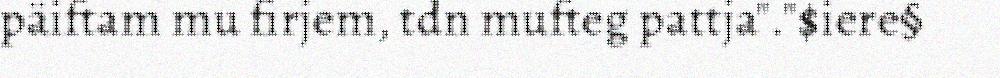
päiftam mu firjem, tdn mufteg pattja"."$iere§